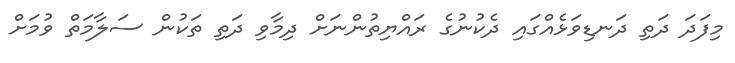
މިފަދަ ދަތި ދަނޑިވަޅެއްގައި ދެކުނުގެ ރައްޔިތުންނަށް ދިމާވި ދަތި ތަކުން ސަލާމަތް ވުމަށް